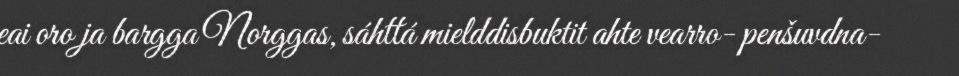
eai oro ja bargga Norggas, sáhttá mielddisbuktit ahte vearro- penšuvdna-